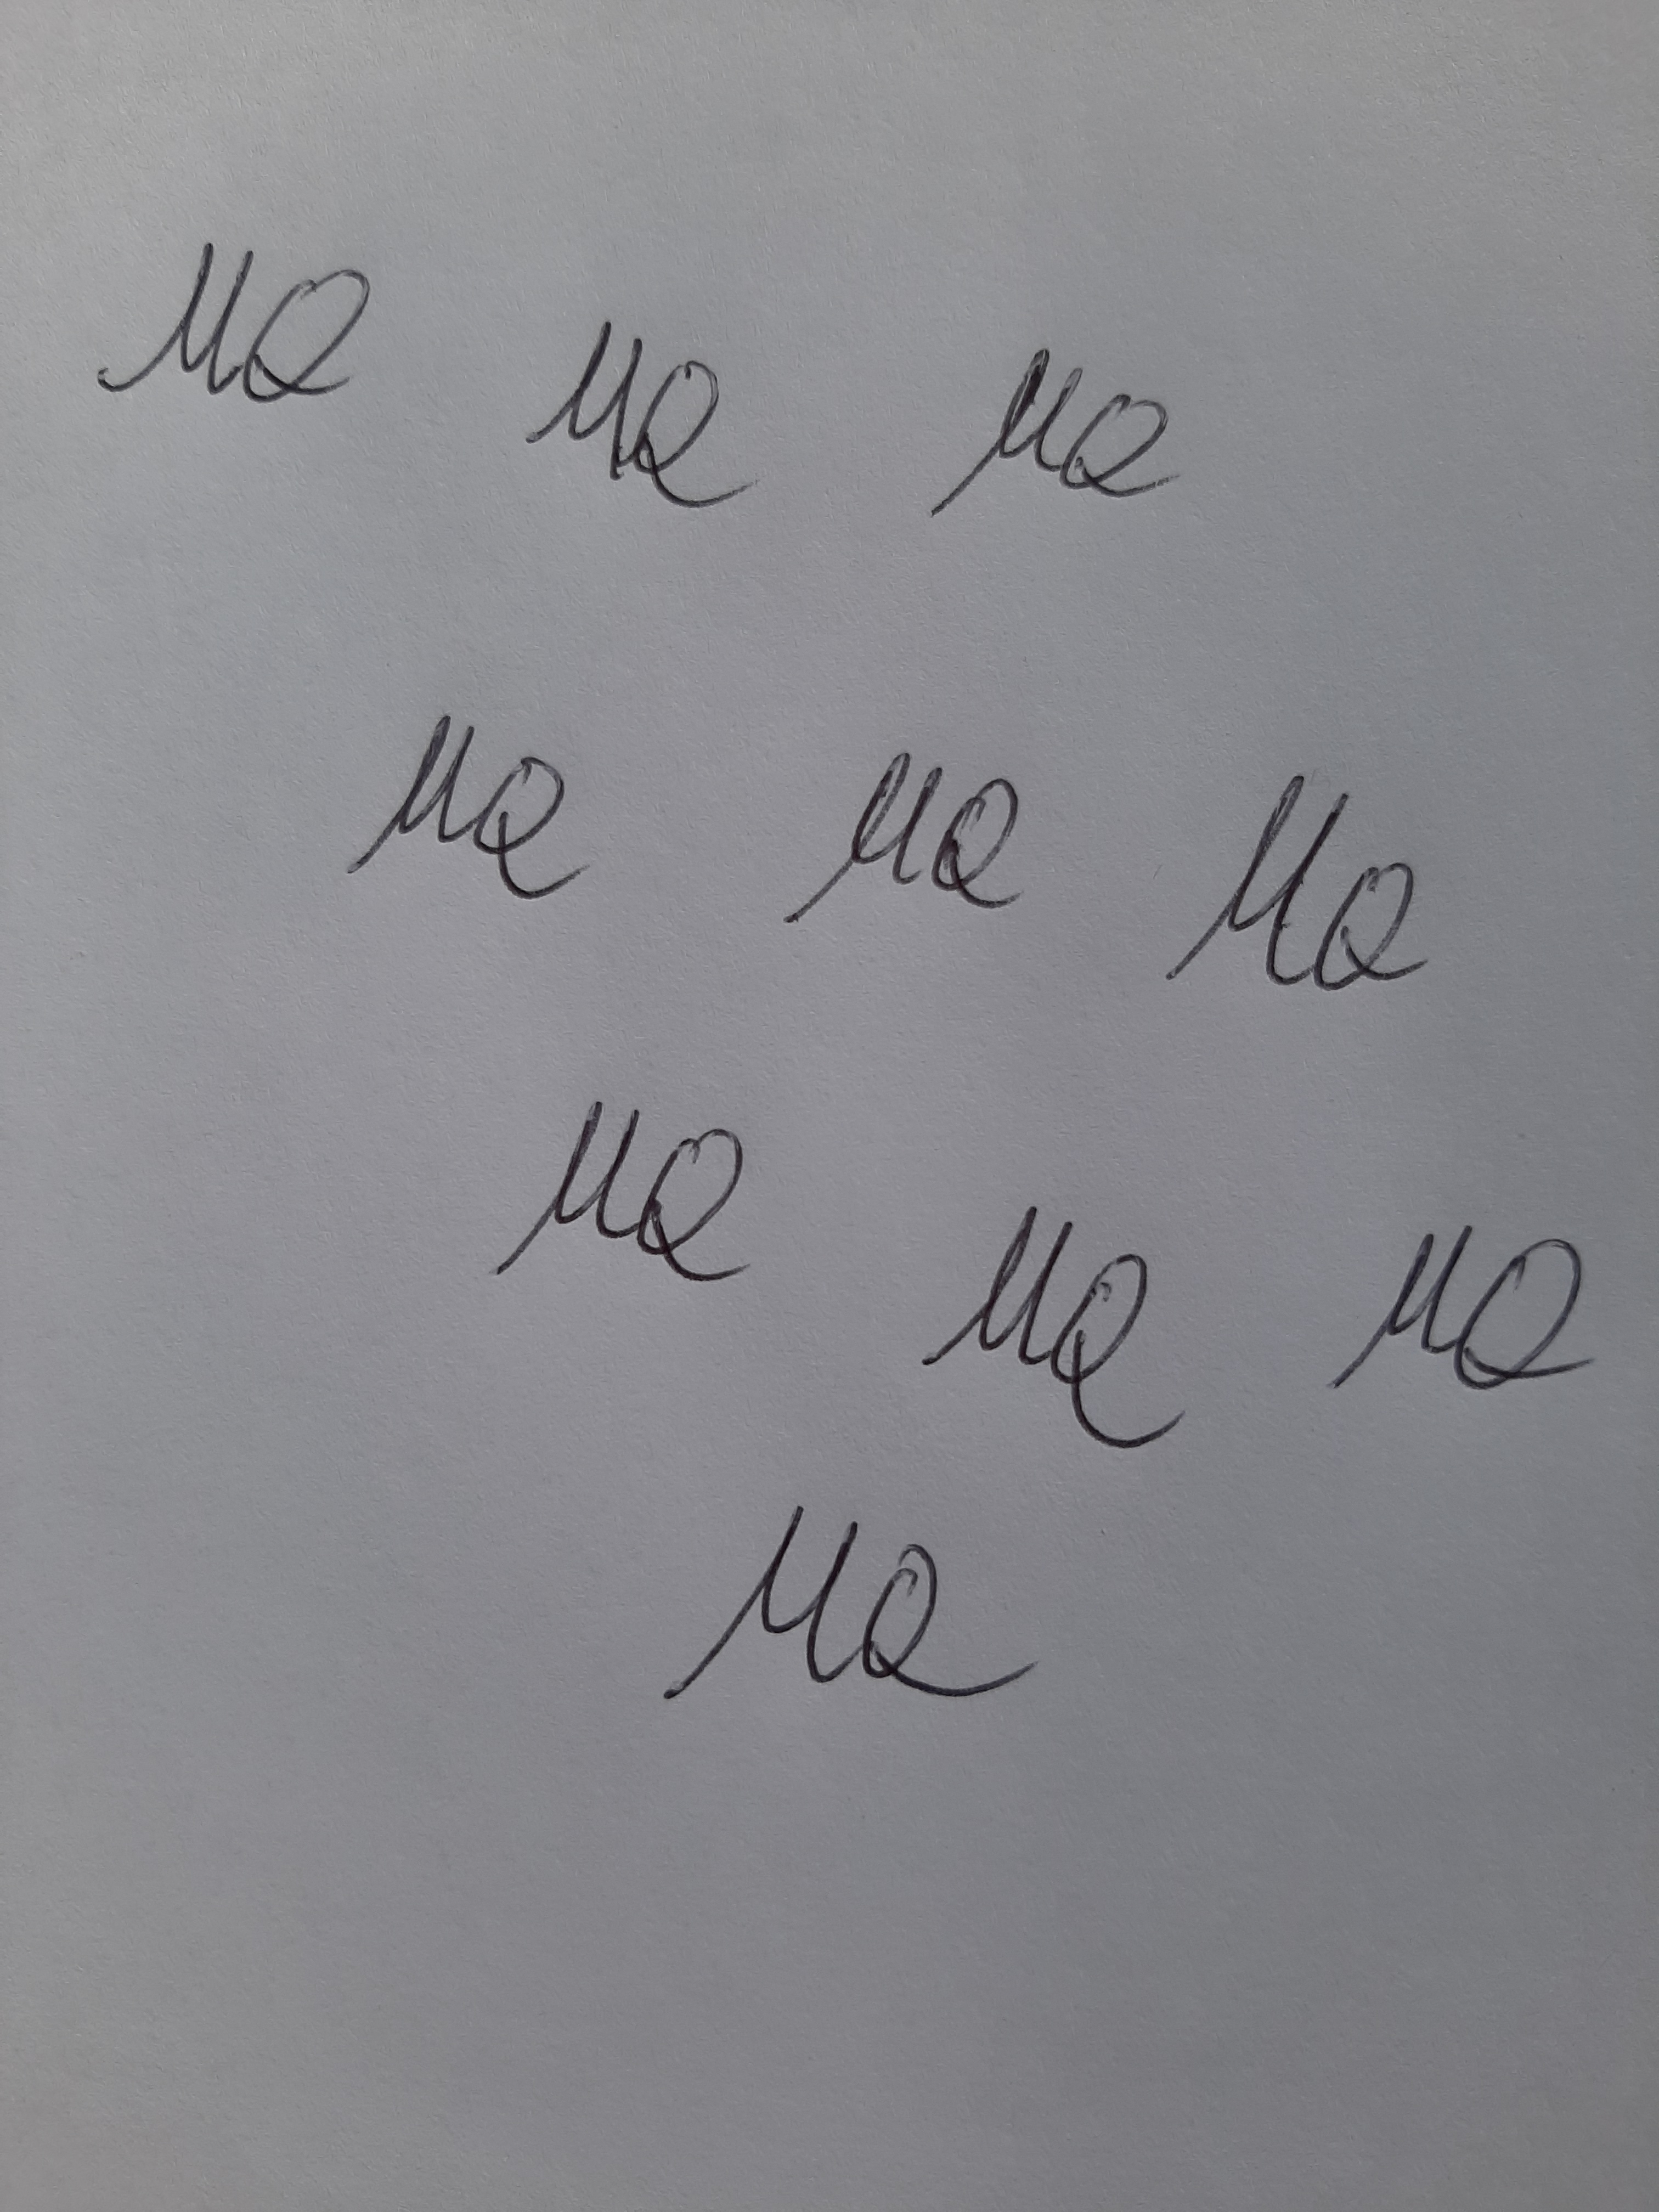
Signature authenticity: forged